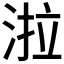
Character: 𭰪